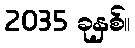
2035 ခုနှစ်။